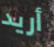
أريد